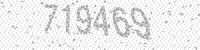
Solution: 719469